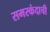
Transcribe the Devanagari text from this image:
समरकंदाची